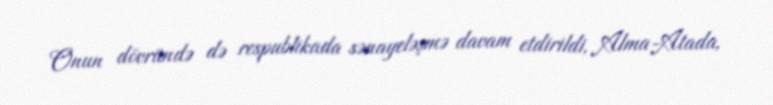
Onun dövründə də respublikada sənayeləşmə davam etdirildi, Alma-Atada,